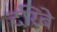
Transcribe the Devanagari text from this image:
दरिबे